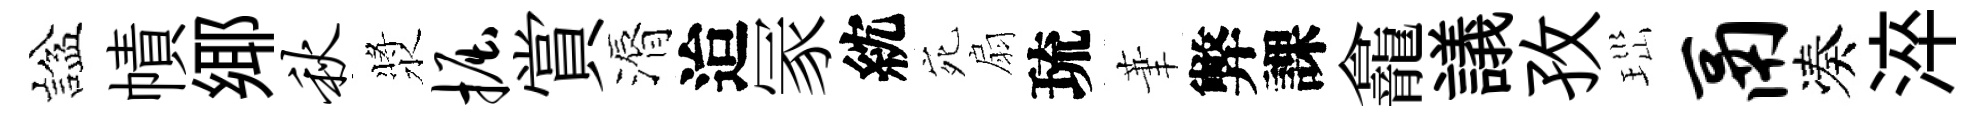
諡幘鄊秋漿掘賞漘迨冡紞宛扇琉茟弊課龕議孜𤤼鬲凑淬